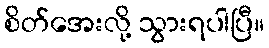
စိတ်အေးလို့ သွားရပါပြီ။